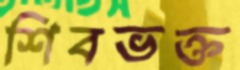
শিবভক্ত